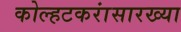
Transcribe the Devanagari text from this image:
कोल्हटकरांसारख्या